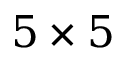
5 \times 5